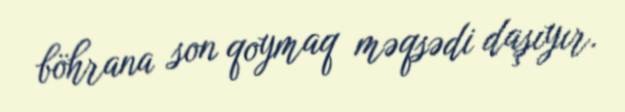
böhrana son qoymaq məqsədi daşıyır.